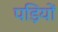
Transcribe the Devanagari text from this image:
पड़ियों